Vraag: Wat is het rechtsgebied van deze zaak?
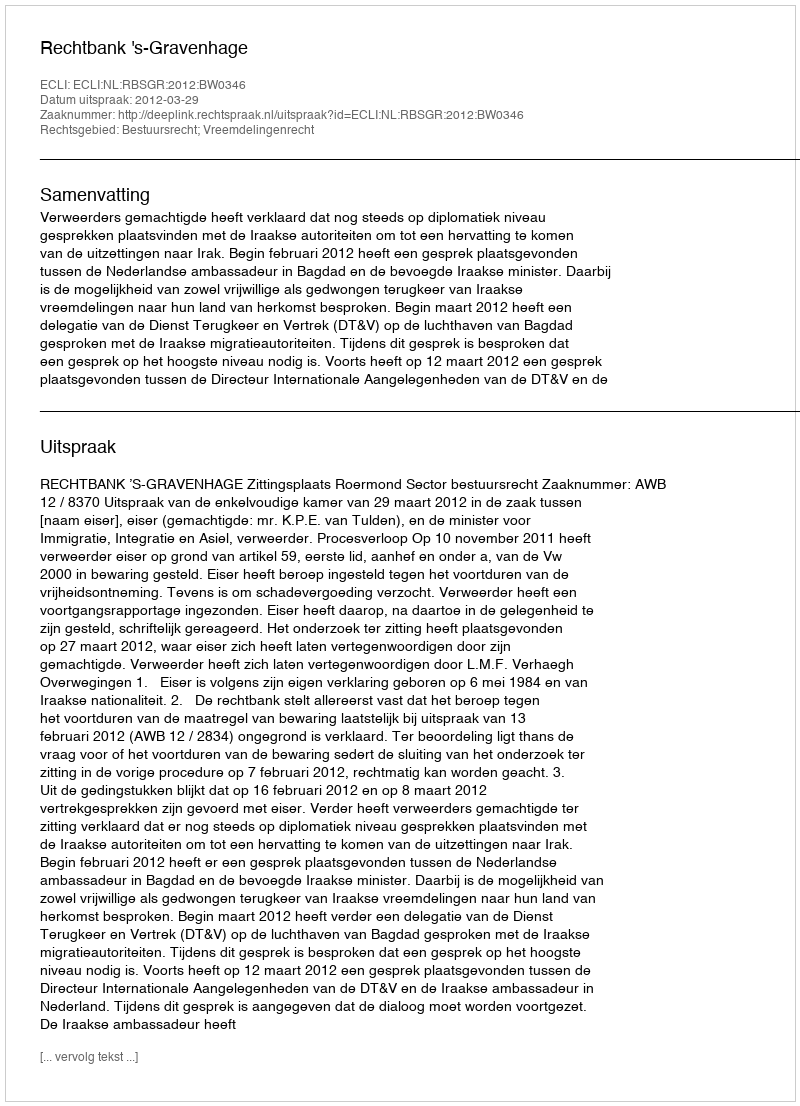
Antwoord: Bestuursrecht; Vreemdelingenrecht